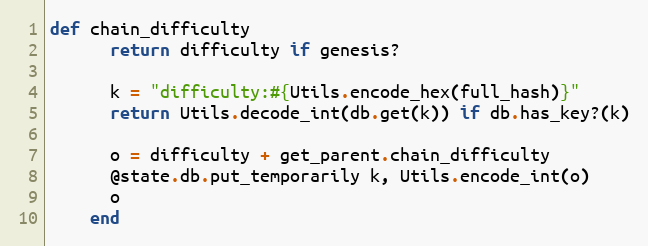
Language: Ruby
def chain_difficulty
      return difficulty if genesis?

      k = "difficulty:#{Utils.encode_hex(full_hash)}"
      return Utils.decode_int(db.get(k)) if db.has_key?(k)

      o = difficulty + get_parent.chain_difficulty
      @state.db.put_temporarily k, Utils.encode_int(o)
      o
    end